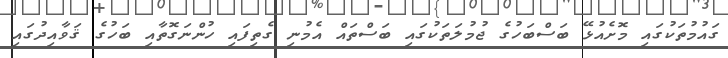
ގައުމުތަކުގައި މޮށެއުޅޭ ބަސްބަހުގެ ޖުމުލަތަކުގައި ބަސްތައް އެމުނި ގެތިފައި ހުންނަގޮތާއި ބަހުގެ ޤަވާއިދުގައި